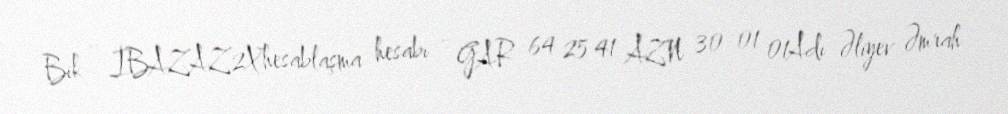
Bik - İBAZAZ2Xhesablaşma hesabı - GAR 64 25 41 AZN 30 01 01Adı Əliyev Əmrah